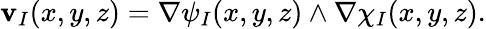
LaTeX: \mathbf{v}_{I}(x,y,z)=\nabla\psi_{I}(x,y,z)\wedge\nabla\chi_{I}(x,y,z).